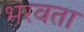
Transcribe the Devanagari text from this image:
भरवता